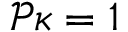
\mathcal { P } \kappa = 1